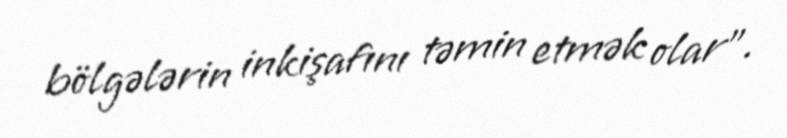
bölgələrin inkişafını təmin etmək olar”.